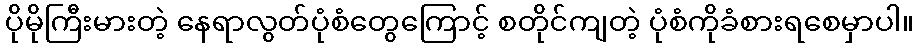
ပိုမိုကြီးမားတဲ့ နေရာလွတ်ပုံစံတွေကြောင့် စတိုင်ကျတဲ့ ပုံစံကိုခံစားရစေမှာပါ။